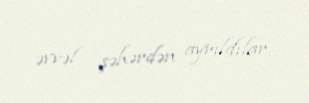
əvvəl şəhərdən ayrıldılar.